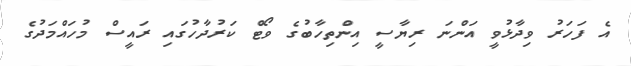
އެ ފަހަރު ވިދާޅުވީ އަންނަ ރިޔާސީ އިންތިހާބުގެ ވޯޓް ކަރުދާހުގައި ރައީސް މުހައްމަދުގެ